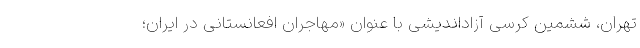
تهران، ششمین کرسی آزاداندیشی با عنوان «مهاجران افعانستانی در ایران؛